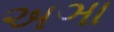
અઞા